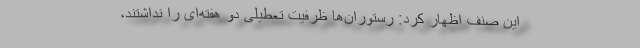
این صنف اظهار کرد: رستوران‌ها ظرفیت تعطیلی دو هفته‌ای را نداشتند،